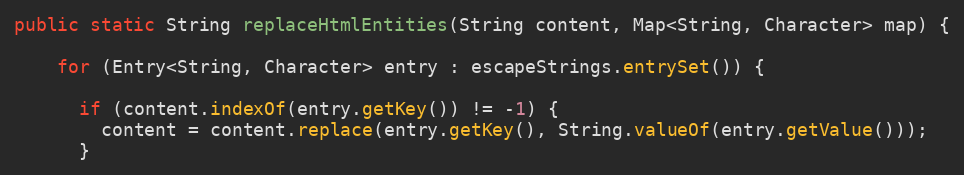
Language: Java
public static String replaceHtmlEntities(String content, Map<String, Character> map) {

    for (Entry<String, Character> entry : escapeStrings.entrySet()) {

      if (content.indexOf(entry.getKey()) != -1) {
        content = content.replace(entry.getKey(), String.valueOf(entry.getValue()));
      }